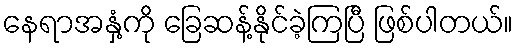
နေရာအနှံ့ကို ခြေဆန့်နိုင်ခဲ့ကြပြီ ဖြစ်ပါတယ်။